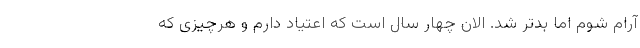
آرام شوم اما بدتر شد. الان چهار سال است که اعتیاد دارم و هرچیزی که